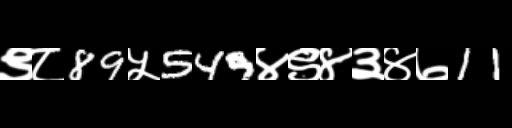
Text: ९८89५549४९४३४७11